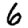
Digit: 6